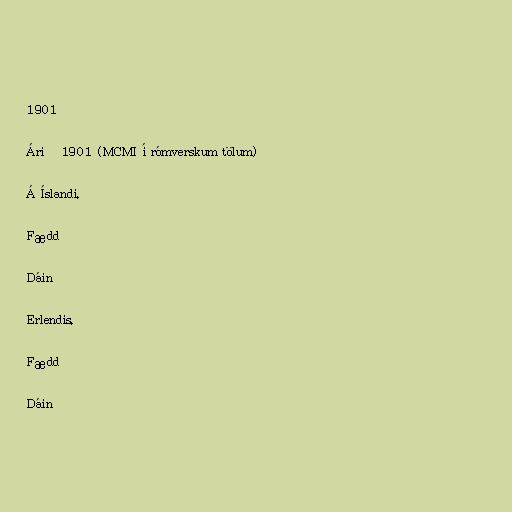
1901

Árið 1901 (MCMI í rómverskum tölum)

Á Íslandi.

Fædd

Dáin

Erlendis.

Fædd

Dáin